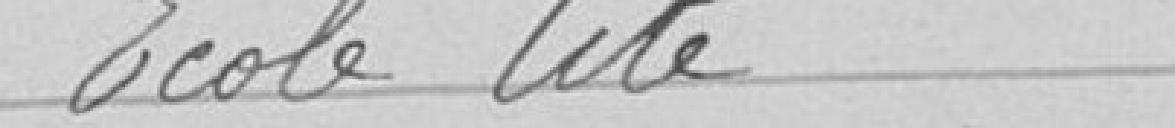
Ecole cité